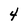
Character: 4